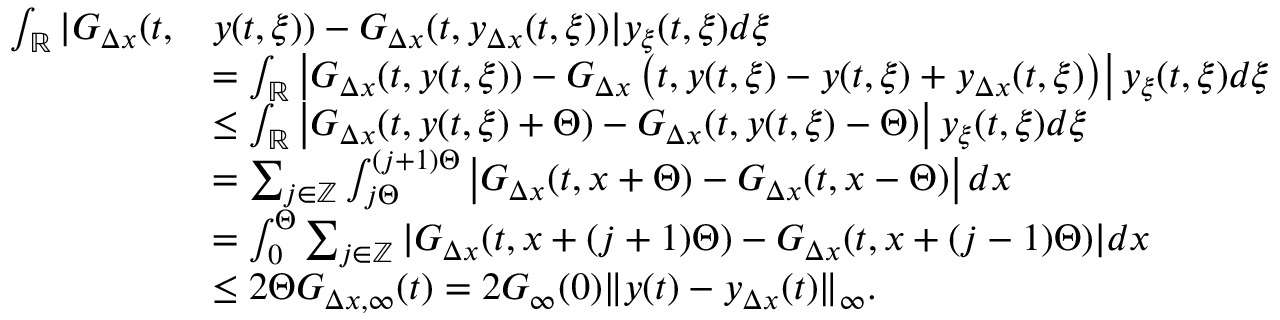
\begin{array} { r l } { \int _ { \mathbb { R } } | G _ { \Delta x } ( t , } & { y ( t , \xi ) ) - G _ { \Delta x } ( t , y _ { \Delta x } ( t , \xi ) ) | y _ { \xi } ( t , \xi ) d \xi } \\ & { = \int _ { \mathbb { R } } \left| G _ { \Delta x } ( t , y ( t , \xi ) ) - G _ { \Delta x } \left( t , y ( t , \xi ) - y ( t , \xi ) + y _ { \Delta x } ( t , \xi ) \right) \right| y _ { \xi } ( t , \xi ) d \xi } \\ & { \leq \int _ { \mathbb { R } } \left| G _ { \Delta x } ( t , y ( t , \xi ) + \Theta ) - G _ { \Delta x } ( t , y ( t , \xi ) - \Theta ) \right| y _ { \xi } ( t , \xi ) d \xi } \\ & { = \sum _ { j \in \mathbb { Z } } \int _ { j \Theta } ^ { ( j + 1 ) \Theta } \left| G _ { \Delta x } ( t , x + \Theta ) - G _ { \Delta x } ( t , x - \Theta ) \right| d x } \\ & { = \int _ { 0 } ^ { \Theta } \sum _ { j \in \mathbb { Z } } | G _ { \Delta x } ( t , x + ( j + 1 ) \Theta ) - G _ { \Delta x } ( t , x + ( j - 1 ) \Theta ) | d x } \\ & { \leq 2 \Theta G _ { \Delta x , \infty } ( t ) = 2 G _ { \infty } ( 0 ) \| y ( t ) - y _ { \Delta x } ( t ) \| _ { \infty } . } \end{array}